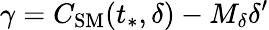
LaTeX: \gamma=C_{\mathrm{SM}}(t_{*},\delta)-M_{\delta}\delta^{\prime}